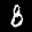
Label: 8